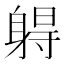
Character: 𰸾